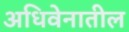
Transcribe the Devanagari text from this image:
अधिवेनातील